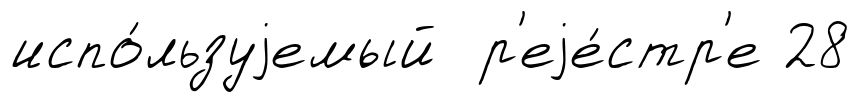
испо́льзуjемый р'еjе́стр'е 28